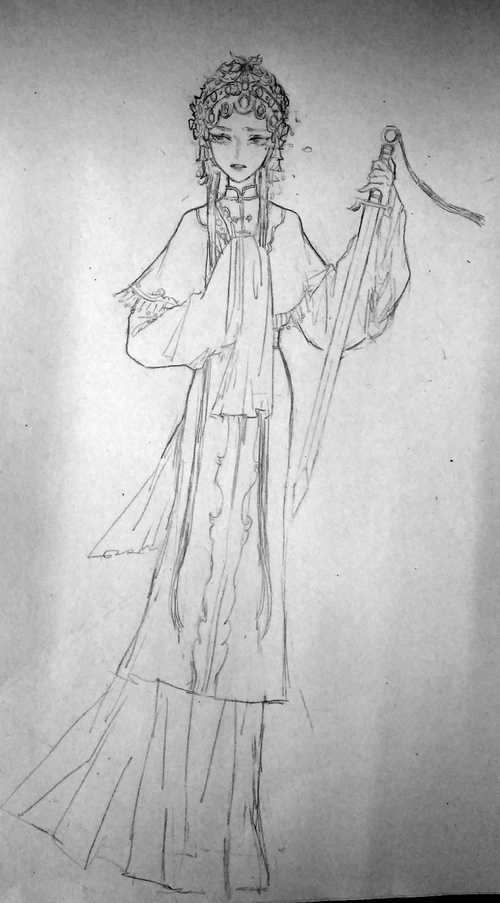
汉兵已略地，四方楚歌声。